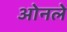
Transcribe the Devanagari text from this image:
ओनले